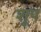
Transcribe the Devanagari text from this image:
शूप